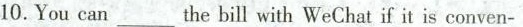
10.Youcan___the bill with WeChat if it is conven-